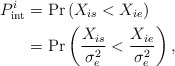
\begin{align*}P_{{\mathop{\textrm {int}}} }^i &= \Pr \left( {{X_{is}} < {X_{ie}}} \right) \\&= \Pr \left( {\frac{{{X_{is}}}}{{\sigma _e^2}} < \frac{{{X_{ie}}}}{{\sigma _e^2}}} \right),\end{align*}